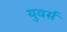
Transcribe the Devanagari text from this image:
युवर्स